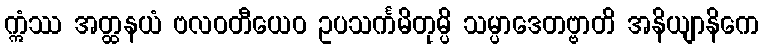
ဣံဿ အတ္ထနယံ ဗလဝတီယေဝ ဥပသင်္ကမိတုမ္ပိ သမ္ပာဒေတဗ္ဗာတိ အနိယျာနိကေ